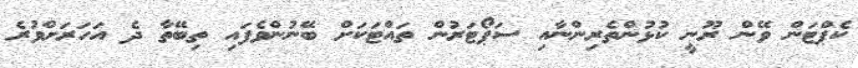
ކެޕްޓަން ވޭން ރޫނީ ކުޅުންތެރިންނާއި ސަޕޯޓަރުން ތައްޓަކަށް ބޭނުންވެފައި ތިބޭތާ ދެ އަހަރަށްވުރެ